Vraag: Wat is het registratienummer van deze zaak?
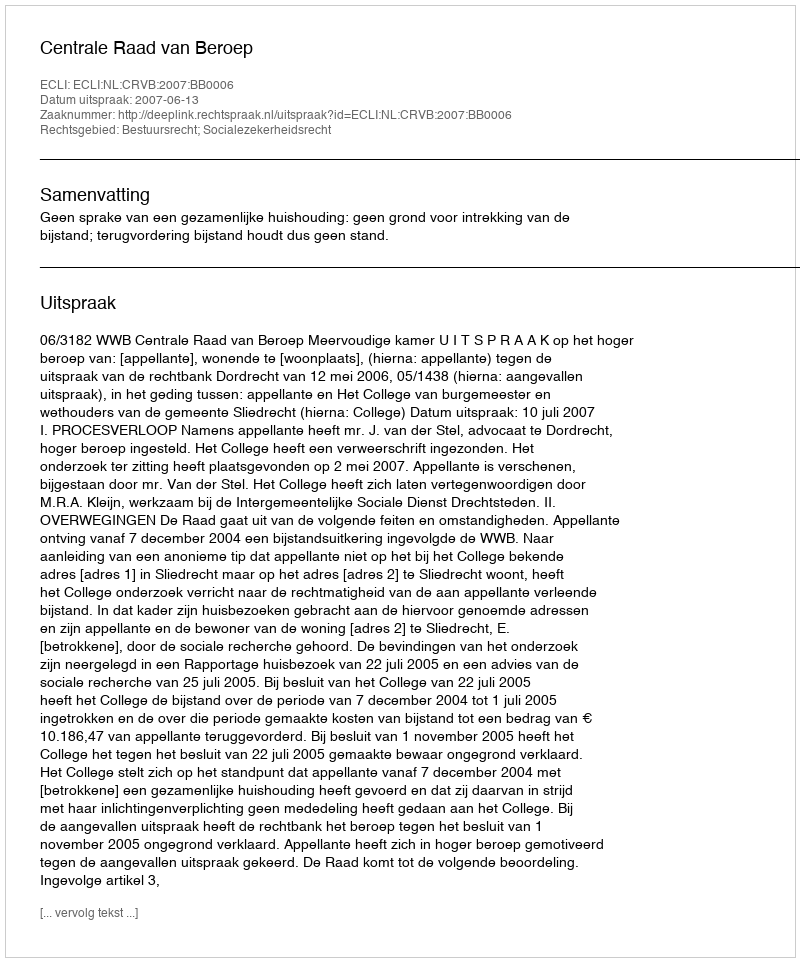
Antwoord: http://deeplink.rechtspraak.nl/uitspraak?id=ECLI:NL:CRVB:2007:BB0006